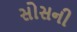
સોસની